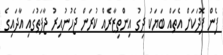
ފެން ފޮދަކަށް އެތައް ބަޔަކު ދިގު އިންތިޒާރެއް ކުރަން ޖެހުނުއިރު ޖާފަތުގައި އާދައިގެ